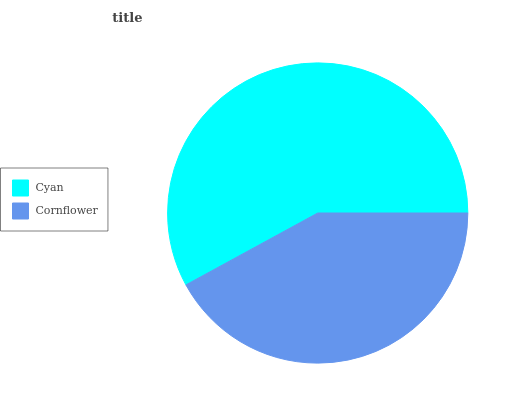
| Cyan | Cornflower |
 | --- | --- |
 | 58% | 42% |